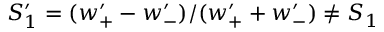
S _ { 1 } ^ { \prime } = ( w _ { + } ^ { \prime } - w _ { - } ^ { \prime } ) / ( w _ { + } ^ { \prime } + w _ { - } ^ { \prime } ) \neq S _ { 1 }